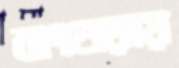
বাংগুড়ায়